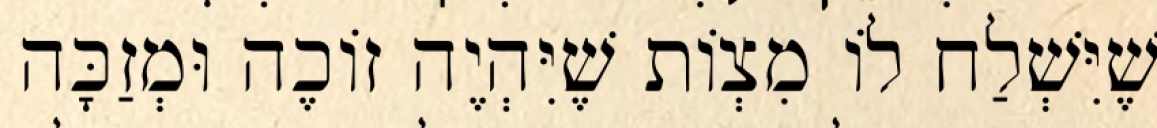
שֶׁיִּשְׁלַח לוֹ מִצְוֹת שֶׁיִּהְיֶה זוֹכֶה וּמְזַכָּה